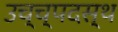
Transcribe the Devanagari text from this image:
उच्च्पदस्थ